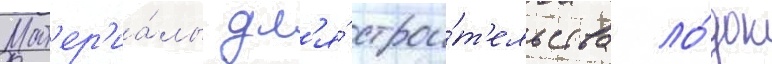
Мат'ер'иа́лы дл'я́ строи́т'ельства ло́док